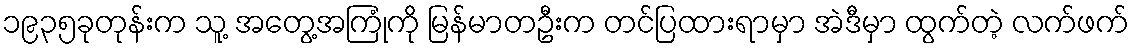
၁၉၃၅ခုတုန်းက သူ့ အတွေ့အကြုံကို မြန်မာတဦးက တင်ပြထားရာမှာ အဲဒီမှာ ထွက်တဲ့ လက်ဖက်